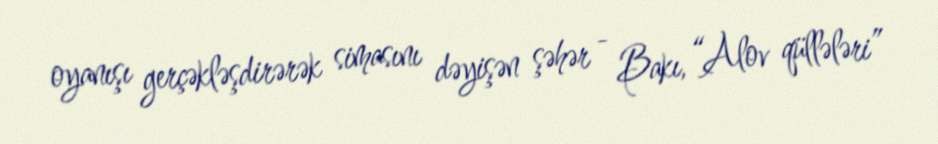
oyanışı gerçəkləşdirərək simasını dəyişən şəhər - Bakı, “Alov qüllələri”